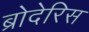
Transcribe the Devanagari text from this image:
ब्रोदेरिस